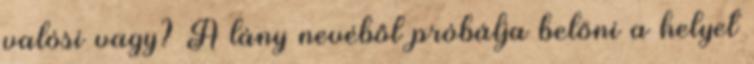
valósi vagy? A lány nevéből próbálja belőni a helyet